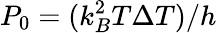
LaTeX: P_{0}=(k_{B}^{2}T\Delta T)/h